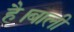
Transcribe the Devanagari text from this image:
है।बाली